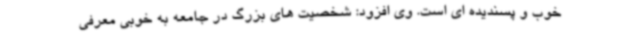
خوب و پسندیده ای است. وی افزود: شخصیت های بزرگ در جامعه به خوبی معرفی